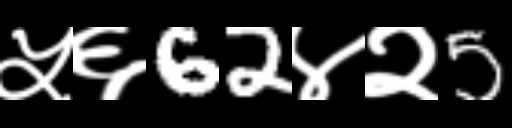
Text: ५६62४२5